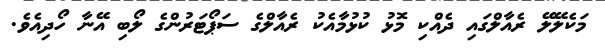
މަކެލޭލޭ ރެއާލްގައި ދެއްކި މޮޅު ކުޅުމާއެކު ރެއާލްގެ ސަޕޯޓަރުންގެ ލޯބި އޭނާ ހޯދިއެވެ.